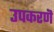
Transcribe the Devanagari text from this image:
उपकरणॆ